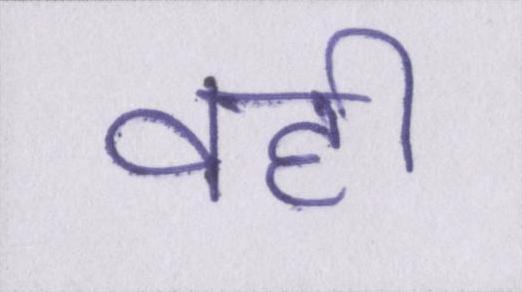
वही